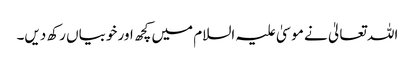
اللہ تعالیٰ نے موسیٰ علیہ السلام میں کچھ اور خوبیاں رکھ دیں۔